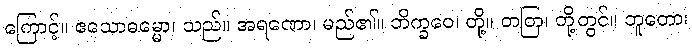
ကြောင့်။ ဧသောဓမ္မော၊ သည်။ အရဏော၊ မည်၏။ ဘိက္ခဝေ၊ တို့။ တတြ၊ တို့တွင်။ ဘူတော၊